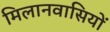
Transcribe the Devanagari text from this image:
मिलानवासियों